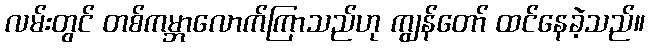
လမ်းတွင် တစ်ကမ္ဘာလောက်ကြာသည်ဟု ကျွန်တော် ထင်နေခဲ့သည်။